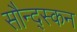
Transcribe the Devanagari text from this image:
सौन्द्स्कन